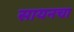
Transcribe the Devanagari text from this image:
सायनचा